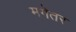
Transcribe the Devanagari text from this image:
मगेतर